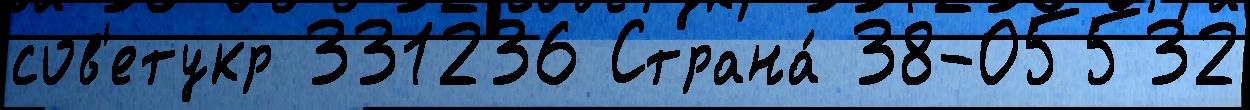
сов'етукр 331236 Страна́ 38-05532